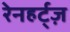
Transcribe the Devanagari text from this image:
रेनहर्ट्ज़